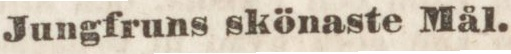
Jungfruns skönaste Mål.